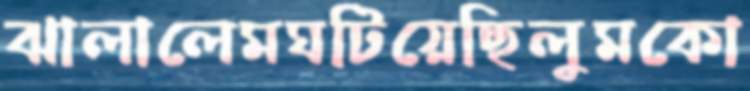
ঝালালেমঘটিয়েছিলুমকো